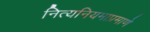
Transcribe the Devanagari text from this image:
नित्यनियमाप्रमाणे